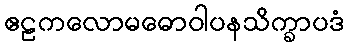
ဧဠကလောမဓောဝါပနသိက္ခာပဒံ